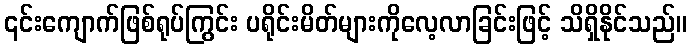
၎င်းကျောက်ဖြစ်ရုပ်ကြွင်း ပရိုင်းမိတ်များကိုလေ့လာခြင်းဖြင့် သိရှိနိုင်သည်။